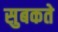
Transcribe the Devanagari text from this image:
सुबकते